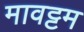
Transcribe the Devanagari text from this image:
मावट्टम